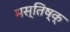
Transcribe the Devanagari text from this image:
मस्तिष्क्